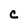
Character: C